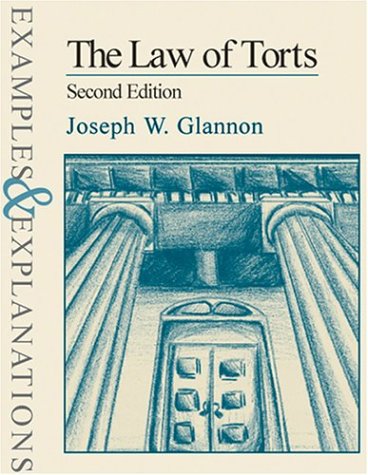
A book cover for The Law of Torts: Examples & Explanations, Second Edition (Examples & Explanations Series); Joseph W. Glannon; Law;